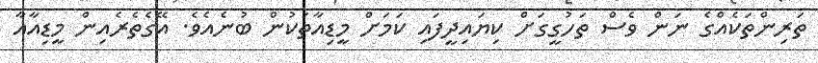
ތަރިންތަކެއްގެ ނަން ވެސް ތަހުގީގަށް ކިޔައިދީފައި ކަމަށް މީޑިއާތަކުން ބުނެއެވެ. އޭގެތެރެއިން މީޑިއާއާ